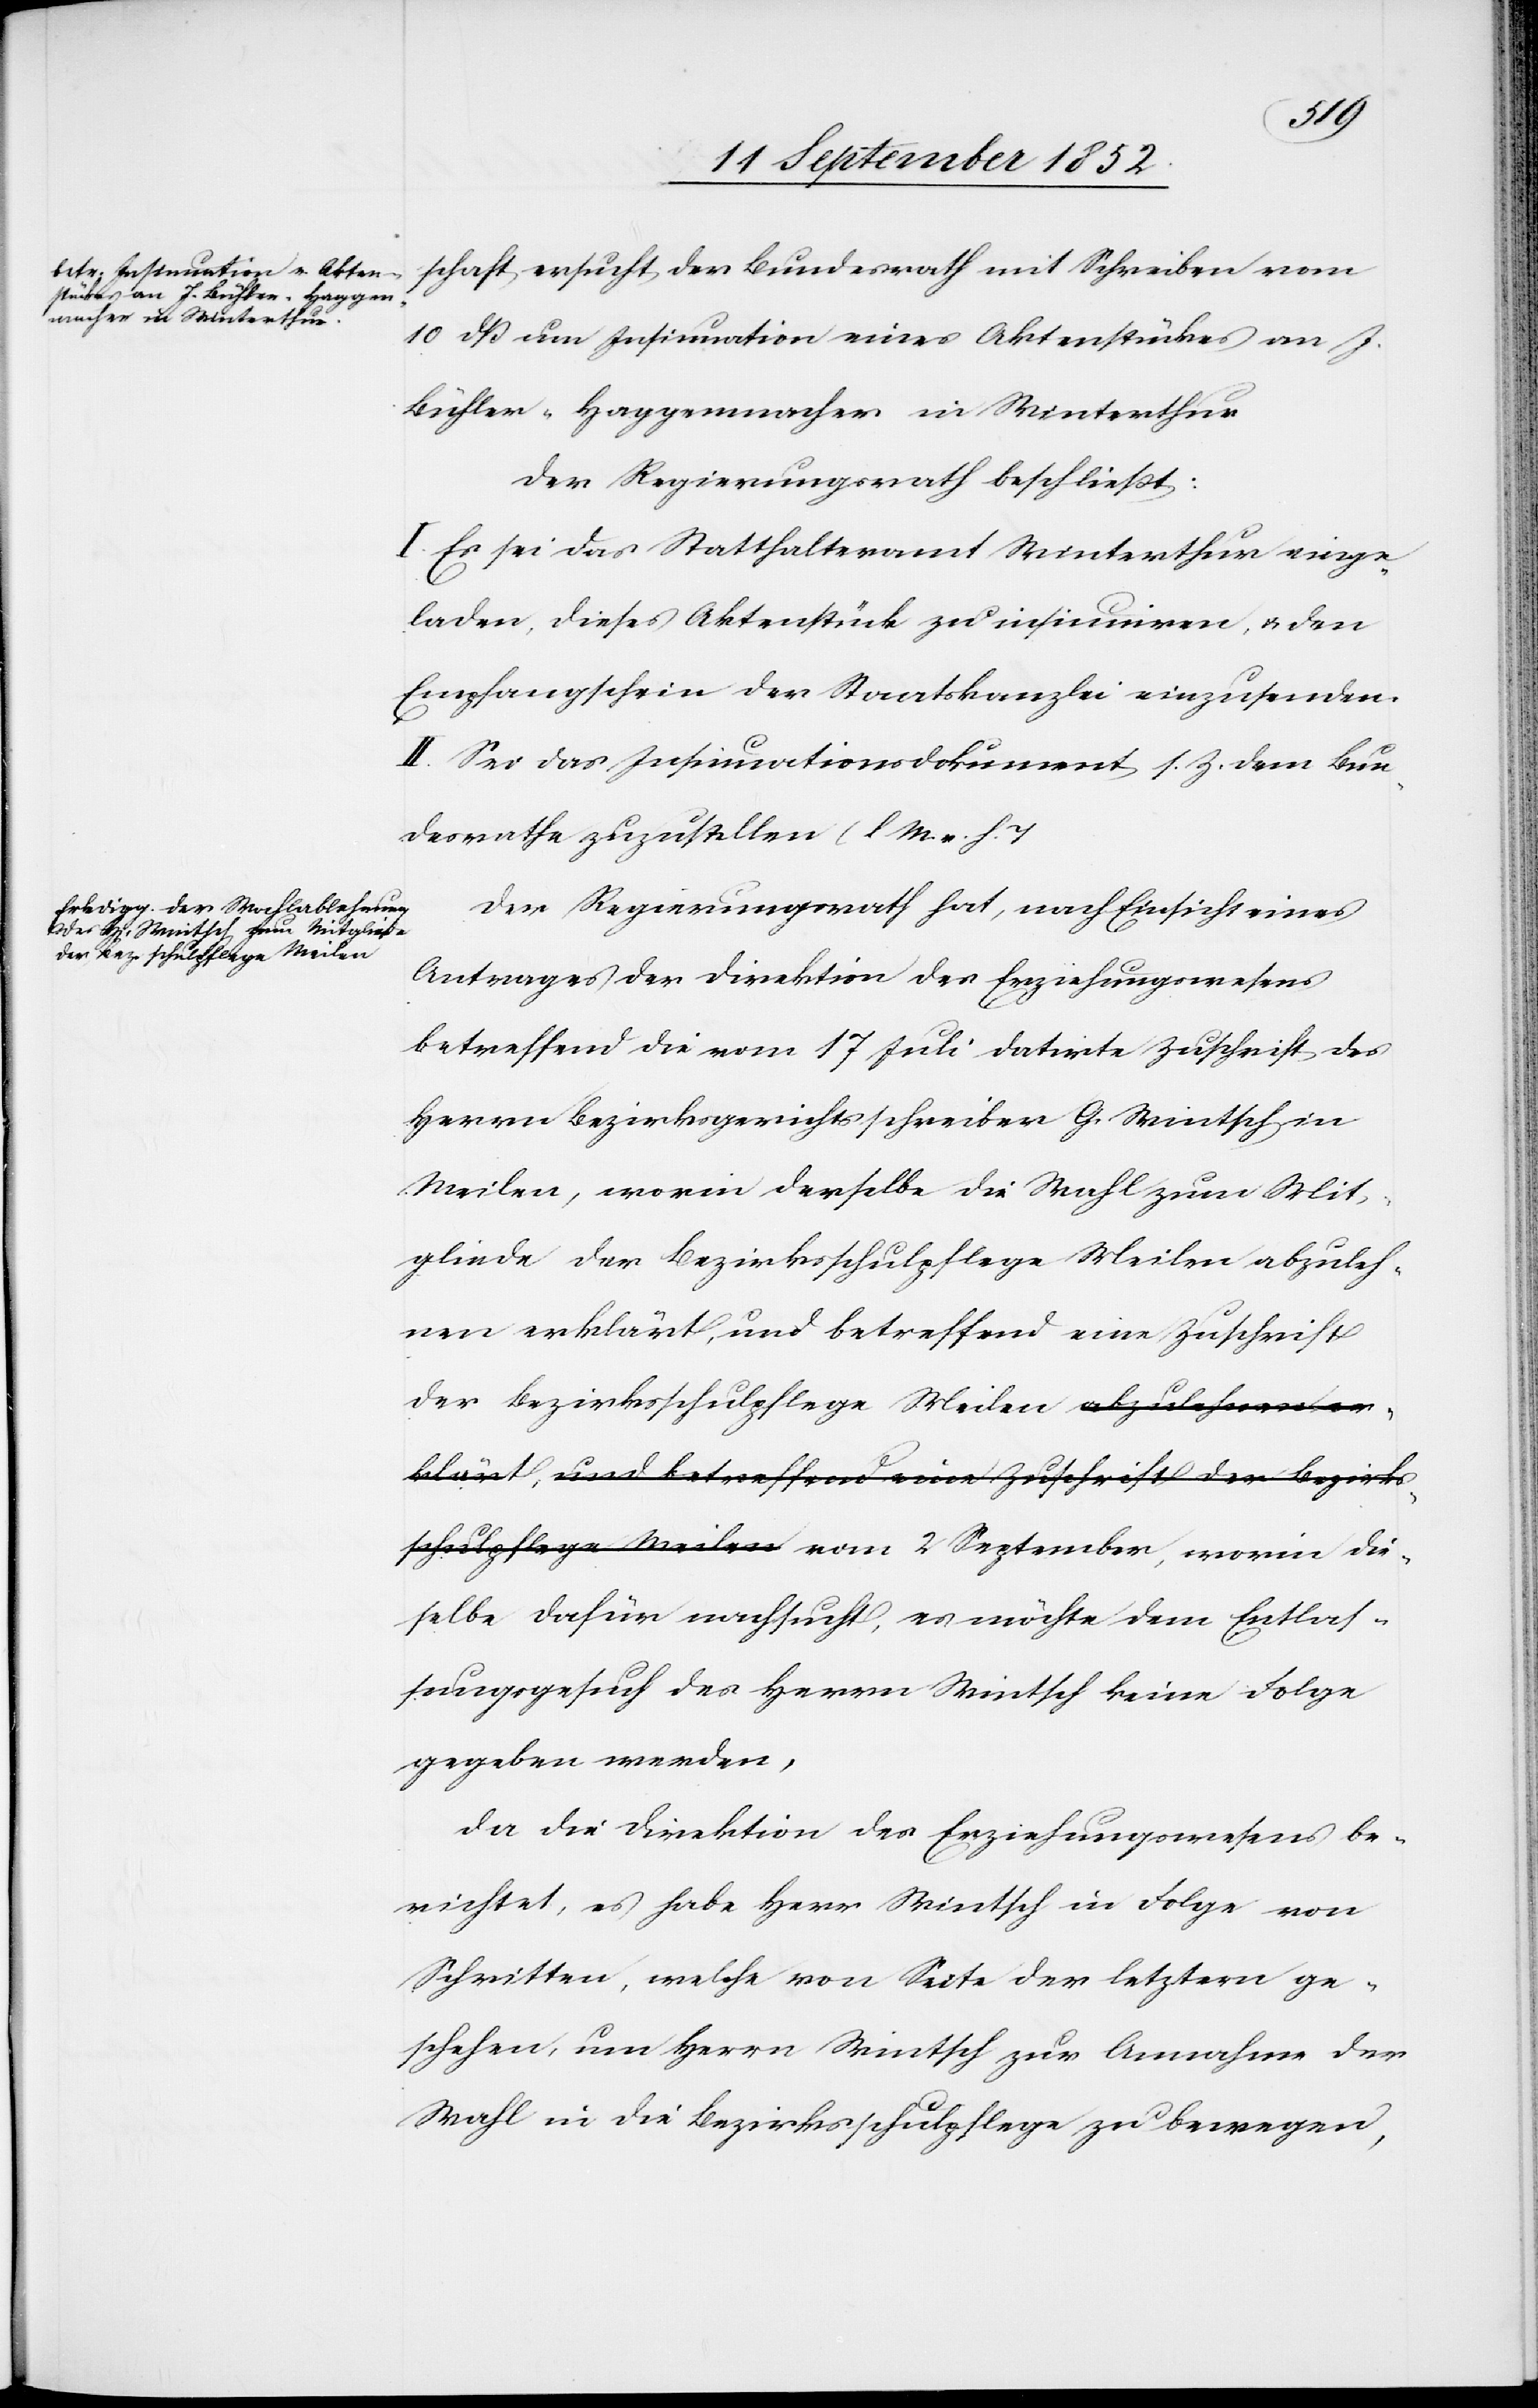
schaft ersucht der Bundesrath mit Schreiben vom
10 dß um Insinuation eines Aktenstückes an J.
Bühler-Haggenmacher in Winterthur
Der Regierungsrath beschließt:
I. Es sei das Statthalteramt Winterthur einge¬
laden, dieses Aktenstück zu insinuiren, & den
Empfangschein der Staatskanzlei einzusenden.
II. Sei das Insinuationsdokument s. Z. dem Bun¬
desrathe zuzustellen (l M. v. h. T[.)]
Der Regierungsrath hat, nach Einsicht eines
Antrages der Direktion des Erziehungswesens
betreffend die vom 17 Juli datirte Zuschrift des
Herrn Bezirksgerichtsschreiber G. Wintsch in
Meilen, worin derselbe die Wahl zum Mit¬
gliede der Bezirksschulpflege Meilen abzuleh¬
nen erklärt, und betreffend eine Zuschrift
der Bezirksschulpflege Meilen abzulehnen er¬
klärt, und betreffend eine Zuschrift der Bezirks¬
schulpflege Meilen vom 2 September, worin die¬
selbe dafür nachsucht, es möchte dem Entlas¬
sungsgesuch des Herrn Wintsch keine Folge
gegeben werden,
da die Direktion des Erziehungswesens be¬
richtet, es habe Herr Wintsch in Folge von
Schritten, welche von Seite der letztern ge¬
schehen, um Herrn Wintsch zur Annahme der
Wahl in die Bezirksschulpflege zu bewegen,